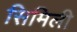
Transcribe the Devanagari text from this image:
सिमिली